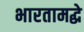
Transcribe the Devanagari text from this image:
भारतामद्धे